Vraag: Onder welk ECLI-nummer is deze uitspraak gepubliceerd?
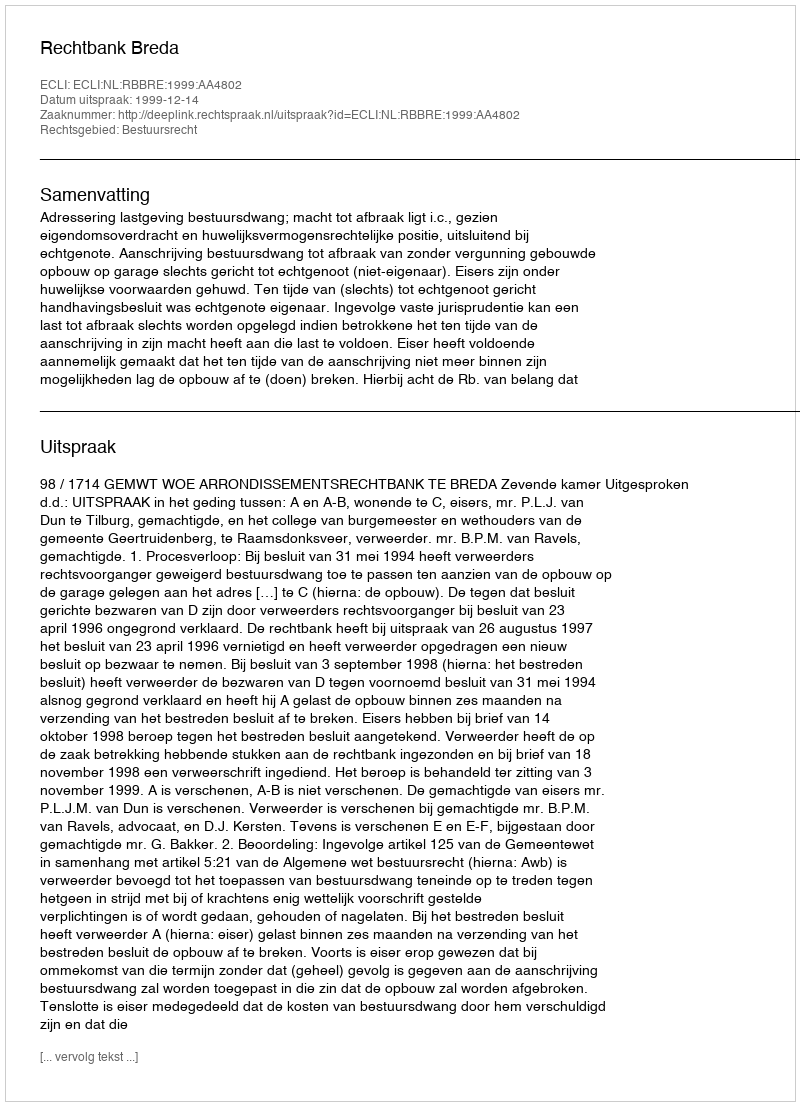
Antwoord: ECLI:NL:RBBRE:1999:AA4802